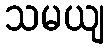
သမယျ